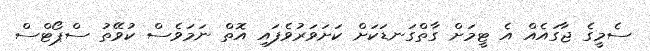
ސެމީގެ ޖާގައެއް އެ ޓީމަށް ގާތްގަނޑަކަށް ކަށަވަރުވެފައި އޮތް ނަމަވެސް ކުވޭތު ސްޕޯޓްސް